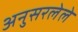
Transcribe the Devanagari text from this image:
अनुसरलेले